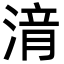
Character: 湇